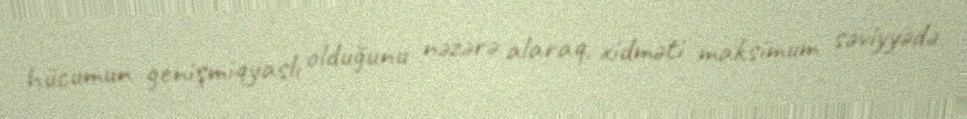
hücumun genişmiqyaslı olduğunu nəzərə alaraq, xidməti maksimum səviyyədə